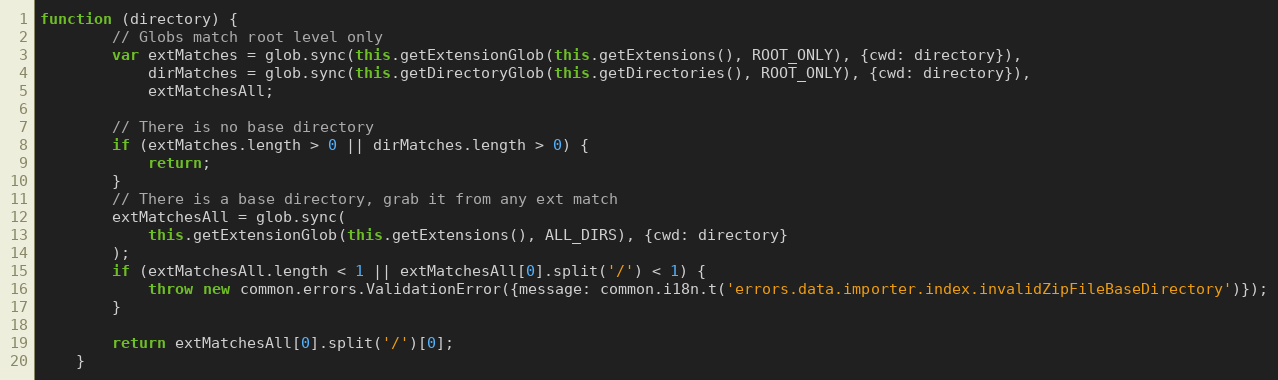
Language: JavaScript
function (directory) {
        // Globs match root level only
        var extMatches = glob.sync(this.getExtensionGlob(this.getExtensions(), ROOT_ONLY), {cwd: directory}),
            dirMatches = glob.sync(this.getDirectoryGlob(this.getDirectories(), ROOT_ONLY), {cwd: directory}),
            extMatchesAll;

        // There is no base directory
        if (extMatches.length > 0 || dirMatches.length > 0) {
            return;
        }
        // There is a base directory, grab it from any ext match
        extMatchesAll = glob.sync(
            this.getExtensionGlob(this.getExtensions(), ALL_DIRS), {cwd: directory}
        );
        if (extMatchesAll.length < 1 || extMatchesAll[0].split('/') < 1) {
            throw new common.errors.ValidationError({message: common.i18n.t('errors.data.importer.index.invalidZipFileBaseDirectory')});
        }

        return extMatchesAll[0].split('/')[0];
    }